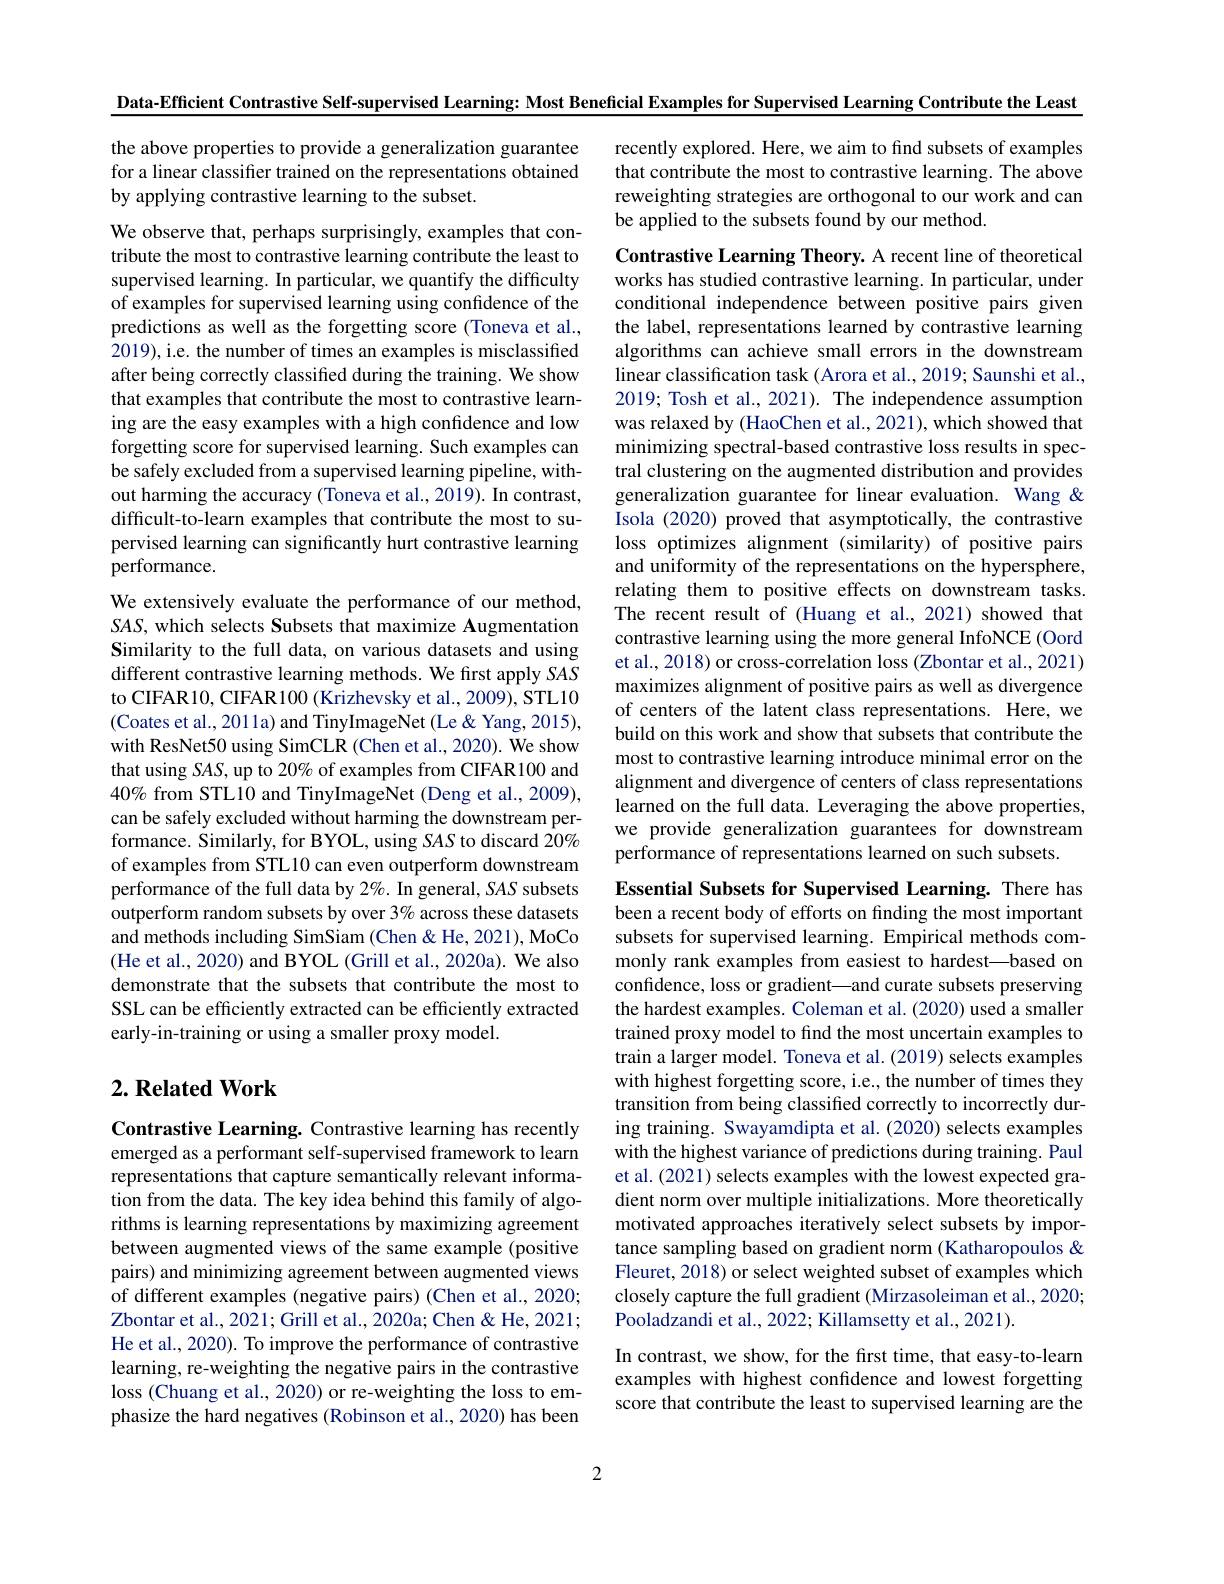
Data-Efficient Contrastive Self-supervised Learning: Most Beneficial Examples for Supervised Learning Contribute the Least

the above properties to provide a generalization guarantee for a linear classifer trained on the representations obtained by applying contrastive learning to the subset.

recently explored. Here, we aim to find subsets of examples that contribute the most to contrastive learning. The above reweighting strategies are orthogonal to our work and can be applied to the subsets found by our method.

We observe that, perhaps surprisingly, examples that contribute the most to contrastive learning contribute the least to supervised learning. In particular, we quantify the difficulty of examples for supervised learning using confdence of the predictions as well as the forgetting score (Toneva et al., 2019), i.e. the number of times an examples is misclassified after being correctly classified during the training. We show that examples that contribute the most to contrastive learning are the easy examples with a high confidence and low forgetting score for supervised learning. Such examples can be safely excluded from a supervised learning pipeline, without harming the accuracy (Toneva et al., 2019). In contrast, difficult-to-learn examples that contribute the most to supervised learning can significantly hurt contrastive learning performance.

Contrastive Learning Theory. A recent line of theoretical works has studied contrastive learning. In particular, under conditional independence between positive pairs given the label, representations learned by contrastive learning algorithms can achieve small errors in the downstream linear classification task (Arora et al., 2019; Saunshi et al., 2019; Tosh et al., 2021). The independence assumption was relaxed by (HaoChen et al., 2021), which showed that minimizing spectral-based contrastive loss results in spectral clustering on the augmented distribution and provides generalization guarantee for linear evaluation. $\hat{\text{Wang}}\&$ Isola (2020) proved that asymptotically, the contrastive loss optimizes alignment (similarity) of positive pairs and uniformity of the representations on the hypersphere, relating them to positive effects on downstream tasks. The recent result of (Huang et al., 2021) showed that contrastive learning using the more general InfoNCE (Oord et al., 2018) or cross-correlation loss (Zbontar et al., 2021) maximizes alignment of positive pairs as well as divergence of centers of the latent class representations. Here, we build on this work and show that subsets that contribute the most to contrastive learning introduce minimal error on the alignment and divergence of centers of class representations learned on the full data. Leveraging the above properties, we provide generalization guarantees for downstream performance of representations learned on such subsets.

We extensively evaluate the performance of our method, SAS, which selects Subsets that maximize Augmentation Similarity to the full data, on various datasets and using different contrastive learning methods. We first apply $SAS$ to CIFAR10, CIFAR100 (Krizhevsky et al., 2009), STL10 (Coates et al., 2011a) and TinyImageNet (Le &Yang, 2015), with ResNet50 using SimCLR (Chen et al., 2020). We show that using SAS, up to 20% of examples from CIFAR100 and $40\%$ from STL10 and TinyImageNet (Deng et al., 2009), can be safely excluded without harming the downstream performance. Similarly, for BYOL, using SAS to discard 20% of examples from STL10 can even outperform downstream performance of the full data by $2\%.$ In general, SAS subsets outperform random subsets by over 3% across these datasets and methods including SimSiam (Chen & He, 2021), MoCo (He et al., 2020) and BYOL (Grill et al., 2020a). We also demonstrate that the subsets that contribute the most to SSL can be efficiently extracted can be efficiently extracted early-in-training or using a smaller proxy model.

## $2. \textbf{ Related Work}$

Essential Subsets for Supervised Learning. There has been a recent body of efforts on finding the most important subsets for supervised learning. Empirical methods commonly rank examples from easiest to hardest—based on confidence, loss or gradient—and curate subsets preserving the hardest examples. Coleman et al. (2020) used a smaller trained proxy model to find the most uncertain examples to train a larger model. Toneva et al. (2019) selects examples with highest forgetting score, i.e., the number of times they transition from being classified correctly to incorrectly during training. Swayamdipta et al. (2020) selects examples with the highest variance of predictions during training. Paul et al. (2021) selects examples with the lowest expected gradient norm over multiple initializations. More theoretically motivated approaches iteratively select subsets by importance sampling based on gradient norm (Katharopoulos & Fleuret, 2018) or select weighted subset of examples which closely capture the full gradient (Mirzasoleiman et al., 2020; Pooladzandi et al., 2022; Killamsetty et al., 2021).
In contrast, we show, for the first time, that easy-to-learn

Contrastive Learning. Contrastive learning has recently emerged as a performant self-supervised framework to learn representations that capture semantically relevant information from the data. The key idea behind this family of algorithms is learning representations by maximizing agreement between augmented views of the same example (positive pairs) and minimizing agreement between augmented views of different examples (negative pairs) (Chen et al., 2020; Zbontar et al., 2021; Grill et al., 2020a; Chen & He, 2021; He et al., 2020). To improve the performance of contrastive learning, re-weighting the negative pairs in the contrastive loss (Chuang et al., 2020) or re-weighting the loss to emphasize the hard negatives (Robinson et al., 2020) has been

examples with highest confidence and lowest forgetting score that contribute the least to supervised learning are the

2